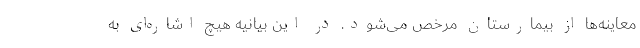
معاینه‌ها از بیمارستان مرخص می‌شود. در این بیانیه هیچ اشاره‌ای به